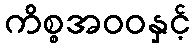
ကိစ္စအဝဝနှင့်